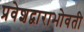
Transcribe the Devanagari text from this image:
प्रवेशद्वाराभोवती